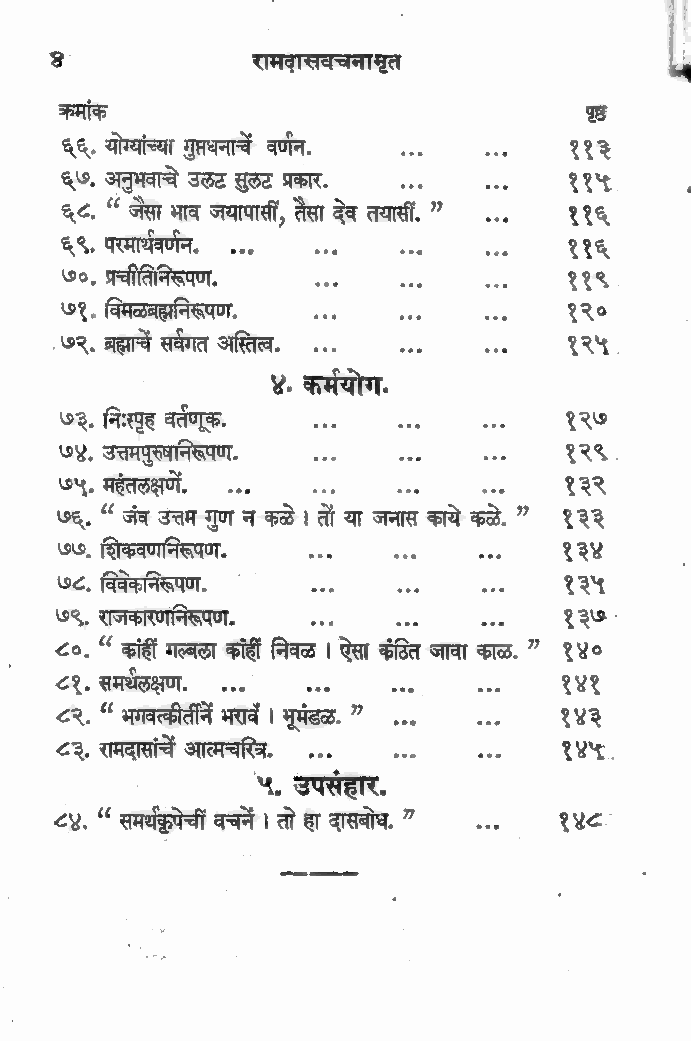
8             रासदासवचनामृत
 कमांक                              पृष्ठ
 योग्यांच्या गुप्तधनाचें वर्णन
 ६६                                ११३
 अनुभवाचे उलट सुलट प्रकार
 ६७,                               ११५
 ६८.  जेसा भाव जयापासी, तेसा देव तयासी, ?
 ११६
 ६९, परमार्थवर्णन, ...
 ११६
 १9० . प्रचीतिनिरूपण,              ११९
 विमळबर्निरूपण
 ७ १ हद                            १२०
 ७२. ब्रह्माचे सवगत अस्तित्व       ९९%.
 ४. कर्मयोग
 ७३. निःस्पृह वर्तणूक.
 १९७
 ७४. उत्तमपुरुषानिरूपण.           १९९.
 ७५, महंतलक्षणें                  १२२
 ५9६व] . जंव उत्तम गुण न कळे। तों या जनास काये कळे. ” १३३
 शिकवणानिरूपण
 ७७,                              १२४
 ७८, विवेकानिरूपण                 १२५
 ७९, राजकारणानिरूपण है
 RR
 . “ कांहीं गल्बला कांहीं निवळ । ऐसा कंठित जावा काळ. ” १४०
 ८१. समर्थलक्षण. ...         ...  १४१
 <२. “ भगवत्कीर्तीनिं भरावं । भूमंडळ. ” १४३
 रामदासांचे आत्मचरित्र ड
 ८३,                              १४५.
 ५, उपसंहार.
 “ समर्थकृपेचीं वचनें तो हा दासबोध. ”
 ८४.                              १४८.